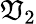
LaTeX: \mathfrak{V}_{2}